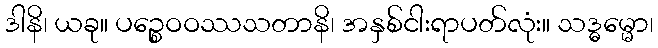
ဒါနိ၊ ယခု။ ပဉ္စေဝဝဿသတာနိ၊ အနှစ်ငါးရာပတ်လုံး။ သဒ္ဓမ္မော၊